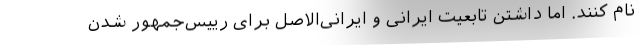
نام کنند. اما داشتن تابعیت ایرانی و ایرانی‌الاصل برای رییس‌جمهور شدن